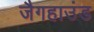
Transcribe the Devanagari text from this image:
जैगहाउंड